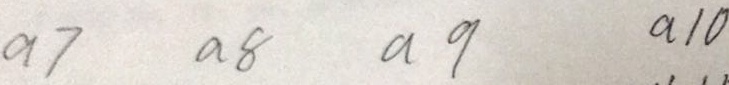
a 7 a 8 a 9 a 1 0